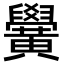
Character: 黌